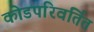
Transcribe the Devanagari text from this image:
कोडपरिवर्तित